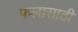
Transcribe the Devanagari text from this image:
फलासाठी